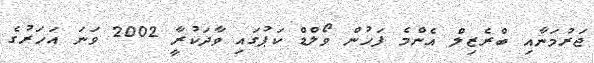
ޖަރުމަނާއި ބްރެޒިލް އެންމެ ފަހުން ވޯލްޑް ކަޕުގައި ވާދަކުރާީ 2002 ވަނަ އަހަރުގެ